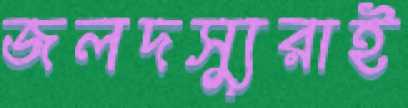
জলদস্যুরাই